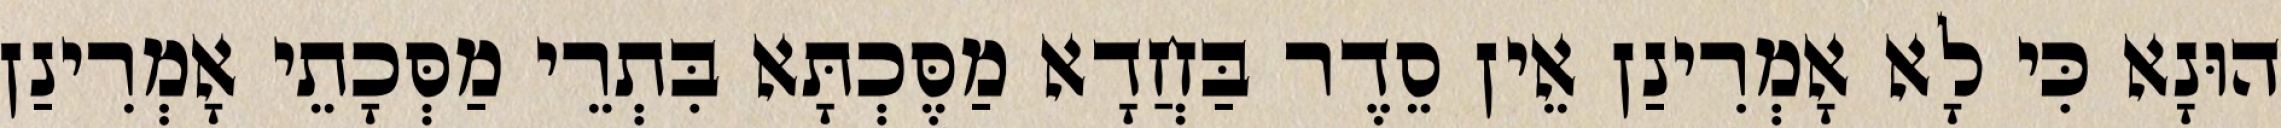
הוּנָא כִּי לָא אָמְרִינַן אֵין סֵדֶר בַּחֲדָא מַסֶּכְתָּא בִּתְרֵי מַסְּכָתֵי אָמְרִינַן